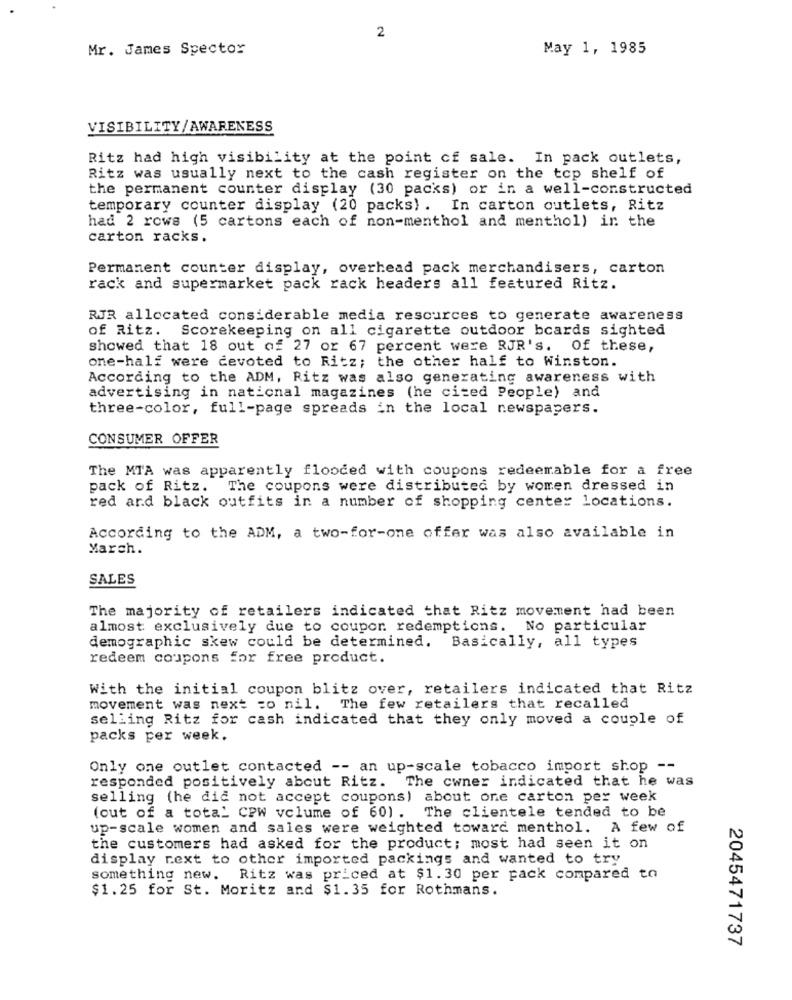
2
Mr. James Spector
May 1, 1985
VISIBILITY/AWARENESS
Ritz had high visibility at the point of sale. In pack outlets,
Ritz was usually next to the cash register on the top shelf of
the permanent counter display (30 packs) or in a well-constructed
temporary counter display (20 packs) . In carton outlets, Ritz
had 2 rows (5 cartons each of non-menthol and menthol) in the
carton racks.
Permanent counter display, overhead pack merchandisers, carton
rack and supermarket pack rack headers all featured Ritz.
RJR allocated considerable media resources to generate awareness
of Ritz.
Scorekeeping on all cigarette outdoor bcards sighted
showed that 18 out of 27 or 67 percent were RJR's. Of these,
one-half were devoted to Ritz; the other half to Winston.
According to the ADM, Ritz was also generating awareness with
advertising in national magazines (he cited People) and
three-color, full-page spreads in the local newspapers.
CONSUMER OFFER
The MTA was apparently flooded with coupons redeemable for a free
pack of Ritz.
The coupons were distributed by women dressed in
red and black outfits in a number of shopping center locations.
According to the ADM, a two-for-one offer was also available in
March.
SALES
The majority of retailers indicated that Ritz movement had been
almost exclusively due to coupor redemptions. No particular
demographic skew could be determined. Basically, all types
redeem coupons for free product.
With the initial coupon blitz over, retailers indicated that Ritz
movement was next co nil. The few retailers that recalled
selling Ritz for cash indicated that they only moved a couple of
packs per week.
Only one outlet contacted -- an up-scale tobacco import shop --
responded positively about Ritz.
The cwner indicated that he was
selling (he did not accept coupons) about one carton per week
(out of a total CPW volume of 60) . The clientele tended to be
up-scale women and sales were weighted toward menthol. A few of
the customers had asked for the product; most had seen it on
display next to other imported packings and wanted to try
something new. Ritz was priced at $1.30 per pack compared to
$1.25 for St. Moritz and $1.35 for Rothmans.
2045471737